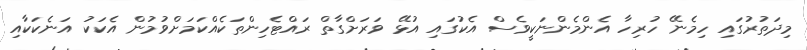
މިދަތުރުގައި ހިމެނޭ ހުރިހާ އެންމެންނަކީވެސް އެކުގައި އުޅޭ ވަރަށްގާތް ރައްޓެހިންތަކެއްކަމަށްވުމުން އެކަކު އަނެކަކާއި